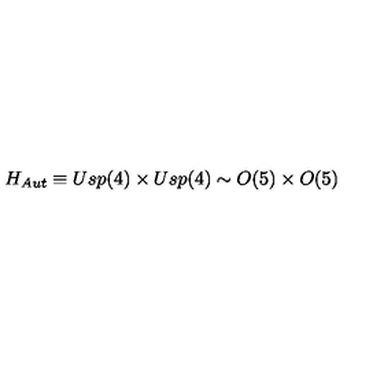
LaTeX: H _ { A u t } \equiv U s p ( 4 ) \times U s p ( 4 ) \sim O ( 5 ) \times O ( 5 )